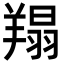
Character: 𦎲